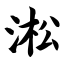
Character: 淞